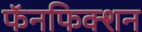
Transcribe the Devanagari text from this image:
फॅनफिक्शन